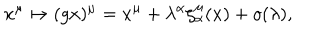
LaTeX: x ^ { \mu } \mapsto ( g x ) ^ { \mu } = x ^ { \mu } + \lambda ^ { \alpha } \zeta _ { \alpha } ^ { \mu } ( x ) + o ( \lambda ) ,